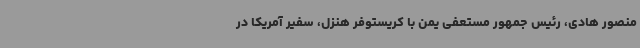
منصور هادی، رئیس جمهور مستعفی یمن با کریستوفر هنزل، سفیر آمریکا در